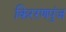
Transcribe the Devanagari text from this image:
किररणपुंज